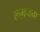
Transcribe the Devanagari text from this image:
लग़भग